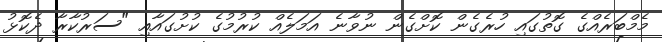
މެމްބަރެއްގެ ގޮތުގައި ހުރެގެން ކޮށްގެން ނުވާނެ އަމަލެއް ކުރުމުގެ ކުށުގައާއި "ސަރުކާރާ ދެކޮޅު